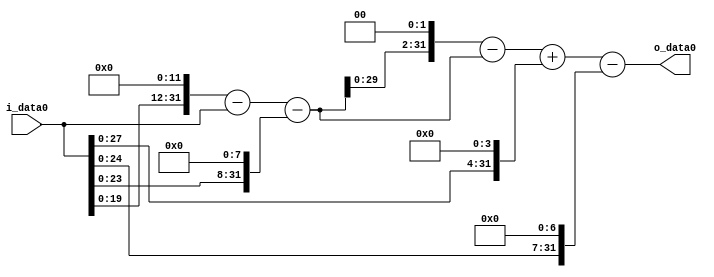
module multiplier_block_20 (
    i_data0,
    o_data0
);
  input   [31:0] i_data0;
  output  [31:0]
    o_data0;
  wire [31:0]
    w1,
    w4096,
    w4095,
    w256,
    w3839,
    w15356,
    w11517,
    w16,
    w11533,
    w128,
    w11405;
  assign w1 = i_data0;
  assign w11405 = w11533 - w128;
  assign w11517 = w15356 - w3839;
  assign w11533 = w11517 + w16;
  assign w128 = w1 << 7;
  assign w15356 = w3839 << 2;
  assign w16 = w1 << 4;
  assign w256 = w1 << 8;
  assign w3839 = w4095 - w256;
  assign w4095 = w4096 - w1;
  assign w4096 = w1 << 12;
  assign o_data0 = w11405;
endmodule